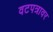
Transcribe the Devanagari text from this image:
वटपत्रावर